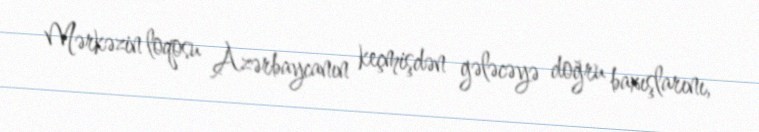
Mərkəzin loqosu Azərbaycanın keçmişdən gələcəyə doğru baxışlarını,